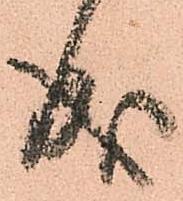
成